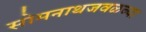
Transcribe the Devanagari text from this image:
सोमनाथजवळच्या